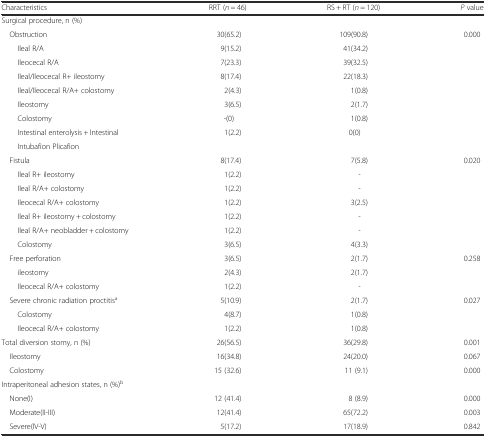
<table><thead><tr><td><b>Characteristics</b></td><td><b>RRT (<i>n</i> = 46)</b></td><td><b>RS + RT (<i>n</i> = 120)</b></td><td><b><i>P</i> value</b></td></tr></thead><tbody><tr><td colspan="4">Surgical procedure, n (%)</td></tr><tr><td> Obstruction</td><td>30(65.2)</td><td>109(90.8)</td><td>0.000</td></tr><tr><td>Ileal R/A</td><td>9(15.2)</td><td>41(34.2)</td><td></td></tr><tr><td>Ileocecal R/A</td><td>7(23.3)</td><td>39(32.5)</td><td></td></tr><tr><td>Ileal/Ileocecal R+ ileostomy</td><td>8(17.4)</td><td>22(18.3)</td><td></td></tr><tr><td>Ileal/Ileocecal R/A+ colostomy</td><td>2(4.3)</td><td>1(0.8)</td><td></td></tr><tr><td>Ileostomy</td><td>3(6.5)</td><td>2(1.7)</td><td></td></tr><tr><td>Colostomy</td><td>-(0)</td><td>1(0.8)</td><td></td></tr><tr><td>Intestinal enterolysis + Intestinal</td><td>1(2.2)</td><td>0(0)</td><td></td></tr><tr><td>Intubafion Plicafion</td><td></td><td></td><td></td></tr><tr><td> Fistula</td><td>8(17.4)</td><td>7(5.8)</td><td>0.020</td></tr><tr><td>Ileal R+ ileostomy</td><td>1(2.2)</td><td>-</td><td></td></tr><tr><td>Ileal R/A+ colostomy</td><td>1(2.2)</td><td>-</td><td></td></tr><tr><td>Ileocecal R/A+ colostomy</td><td>1(2.2)</td><td>3(2.5)</td><td></td></tr><tr><td>Ileal R+ ileostomy + colostomy</td><td>1(2.2)</td><td>-</td><td></td></tr><tr><td>Ileal R/A+ neobladder + colostomy</td><td>1(2.2)</td><td>-</td><td></td></tr><tr><td>Colostomy</td><td>3(6.5)</td><td>4(3.3)</td><td></td></tr><tr><td> Free perforation</td><td>3(6.5)</td><td>2(1.7)</td><td>0.258</td></tr><tr><td>ileostomy</td><td>2(4.3)</td><td>2(1.7)</td><td></td></tr><tr><td>Ileocecal R/A+ colostomy</td><td>1(2.2)</td><td>-</td><td></td></tr><tr><td> Severe chronic radiation proctitis<sup>a</sup></td><td>5(10.9)</td><td>2(1.7)</td><td>0.027</td></tr><tr><td>Colostomy</td><td>4(8.7)</td><td>1(0.8)</td><td></td></tr><tr><td>Ileocecal R/A+ colostomy</td><td>1(2.2)</td><td>1(0.8)</td><td></td></tr><tr><td>Total diversion stomy, n (%)</td><td>26(56.5)</td><td>36(29.8)</td><td>0.001</td></tr><tr><td> Ileostomy</td><td>16(34.8)</td><td>24(20.0)</td><td>0.067</td></tr><tr><td> Colostomy</td><td>15 (32.6)</td><td>11 (9.1)</td><td>0.000</td></tr><tr><td>Intraperitoneal adhesion states, n (%)<sup>b</sup></td><td></td><td></td><td></td></tr><tr><td> None(I)</td><td>12 (41.4)</td><td>8 (8.9)</td><td>0.000</td></tr><tr><td> Moderate(II-III)</td><td>12(41.4)</td><td>65(72.2)</td><td>0.003</td></tr><tr><td> Severe(IV-V)</td><td>5(17.2)</td><td>17(18.9)</td><td>0.842</td></tr></tbody></table>